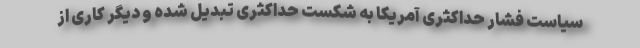
سیاست فشار حداکثری آمریکا به شکست حداکثری تبدیل شده و دیگر کاری از